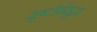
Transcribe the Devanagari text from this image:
सृष्टीनेसुद्धा